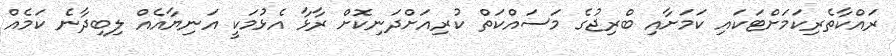
ރައްކާތެރިކަމަށްޓަކައި ކަމަށާއި ބްރިޖުގެ މަސައްކަތް ކުރިއަށްދަނިކޮށް ރާޅާ އެޅުމަކީ އަނިޔާއެއް ލިބިދާނެ ކަމެއް